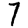
Digit: 7